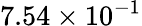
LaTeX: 7.54\times 10^{-1}